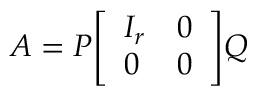
A = P { \left[ \begin{array} { l l } { I _ { r } } & { 0 } \\ { 0 } & { 0 } \end{array} \right] } Q